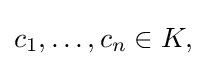
{\textstyle c_{1},\ldots ,c_{n}\in K,}